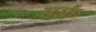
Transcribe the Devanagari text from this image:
मर्फ